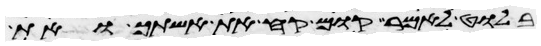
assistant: בלוט לאמר קום קח את אשתך ואת